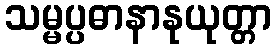
သမ္မပ္ပဓာနာနုယုတ္တာ